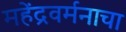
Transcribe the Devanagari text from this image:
महेंद्रवर्मनाचा